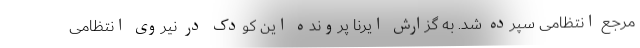
مرجع انتظامی سپرده شد. به گزارش ایرنا پرونده این کودک در نیروی انتظامی